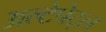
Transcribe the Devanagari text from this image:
अल्टेपेट्ल